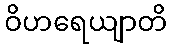
ဝိဟရေယျာတိ